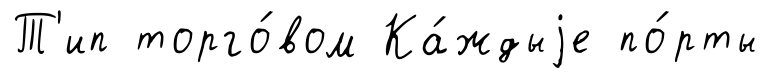
Т'ип торго́вом Ка́ждыjе по́рты